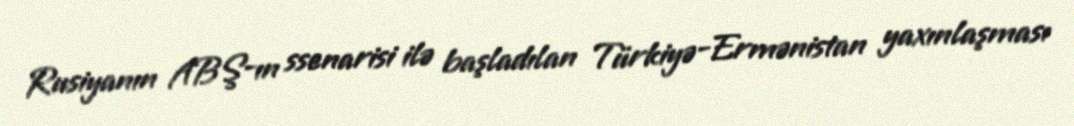
Rusiyanın ABŞ-ın ssenarisi ilə başladılan Türkiyə-Ermənistan yaxınlaşması